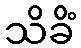
သိခိံ